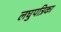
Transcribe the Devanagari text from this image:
लघुपत्रिका